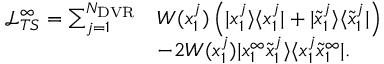
\begin{array} { r l } { \mathcal { L } _ { T S } ^ { \infty } = \sum _ { j = 1 } ^ { N _ { \mathrm { D V R } } } } & { W ( x _ { 1 } ^ { j } ) \left( | x _ { 1 } ^ { j } \rangle \langle x _ { 1 } ^ { j } | + | \tilde { x } _ { 1 } ^ { j } \rangle \langle \tilde { x } _ { 1 } ^ { j } | \right) } \\ & { - 2 W ( x _ { 1 } ^ { j } ) | x _ { 1 } ^ { \infty } \tilde { x } _ { 1 } ^ { j } \rangle \langle x _ { 1 } ^ { j } \tilde { x } _ { 1 } ^ { \infty } | . } \end{array}